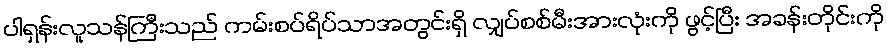
ပါရှန်းလူသန်ကြီးသည် ကမ်းစပ်ရိပ်သာအတွင်းရှိ လျှပ်စစ်မီးအားလုံးကို ဖွင့်ပြီး အခန်းတိုင်းကို